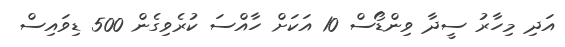
އަދި މިހާރު ސީދާ ވިންޑޯސް 10 އަކަށް ހާއްސަ ކުރެވިގެން 500 ޑިވައިސް